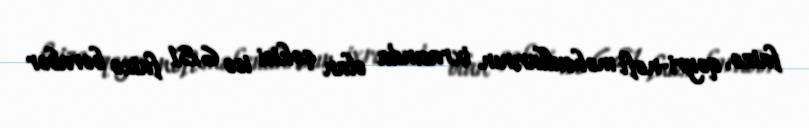
faizə, qeyri-neft məhsullarının ixracında olan çəkisi isə 6,81 faizə bərabər